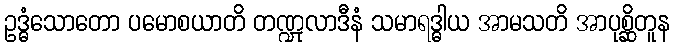
ဥဒ္ဓံသောတော ပမောစယာတိ တဏ္ဍုလာဒီနံ သမာရဒ္ဓါယ အာမသတိ အာပုစ္ဆိတူန